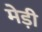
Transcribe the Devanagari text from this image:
मेड़ी